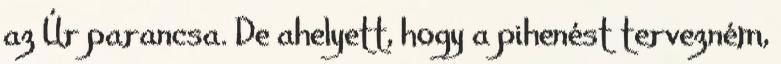
az Úr parancsa. De ahelyett, hogy a pihenést tervezném,